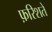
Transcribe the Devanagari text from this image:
फ़रिशते